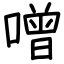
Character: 噌